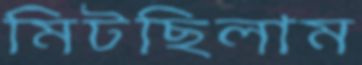
মিটছিলাম